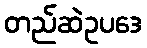
တည်ဆဲဥပဒေ